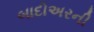
બાદોઅરની